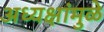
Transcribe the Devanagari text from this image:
अध्यक्षांमुळे